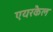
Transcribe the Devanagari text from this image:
एयरकैल